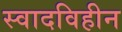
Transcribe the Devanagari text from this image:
स्वादविहीन